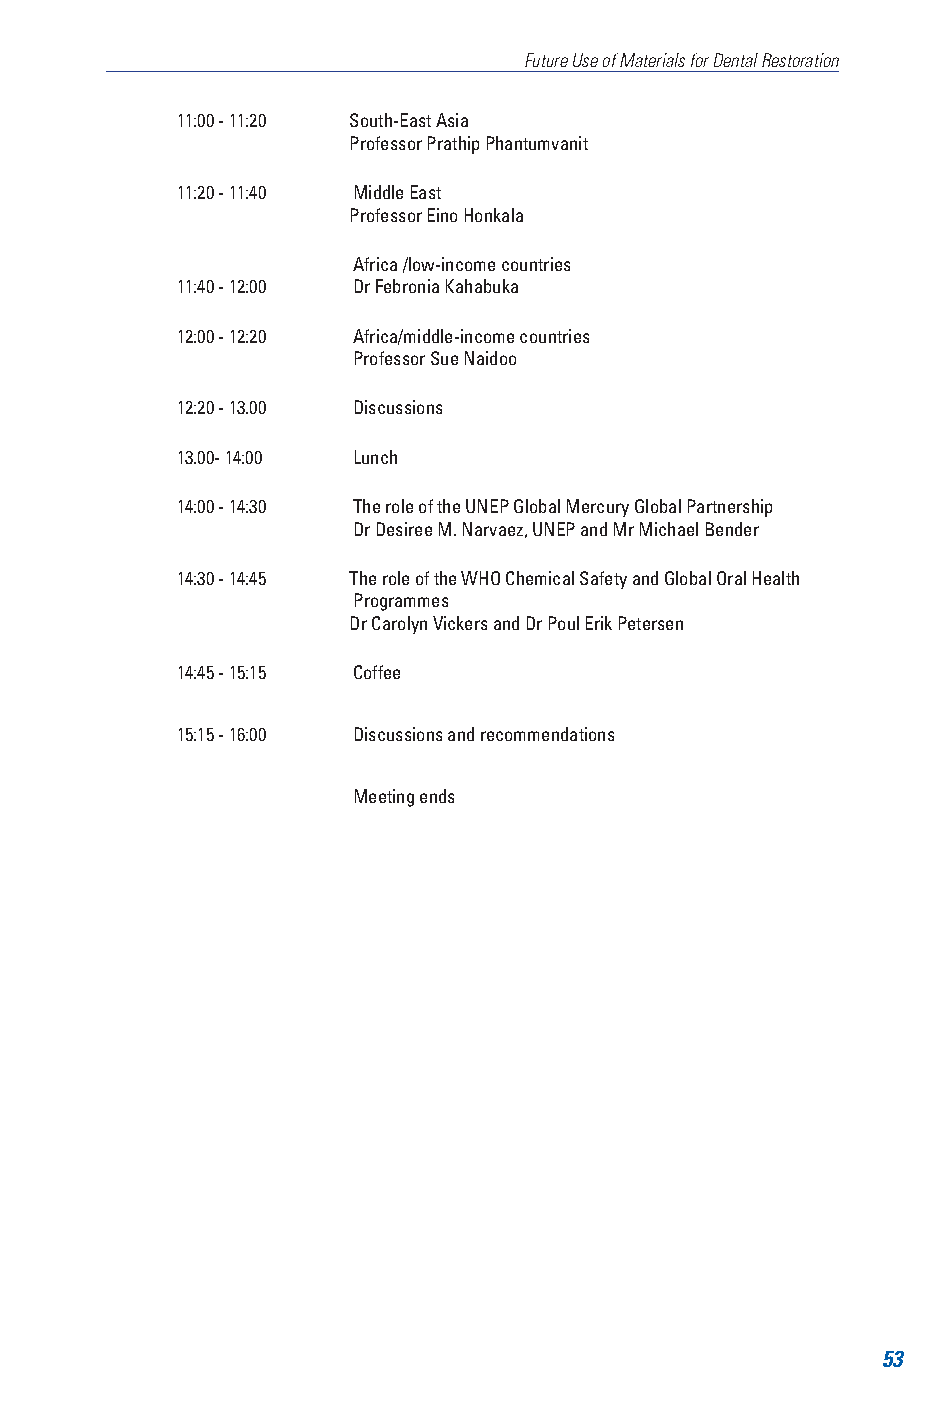
Future Use of Materials for Dental Restoration
 11:00 - 11:20 South-East Asia
 Professor Prathip Phantumvanit
 11:20 - 11:40 Middle East
 Professor Eino Honkala
 Africa /low-income countries
 11:40 - 12:00 Dr Febronia Kahabuka
 12:00 - 12:20 Africa/middle-income countries
 Professor Sue Naidoo
 12:20 - 13.00 Discussions
 13.00- 14:00 Lunch
 14:00 - 14:30 The role of the UNEP Global Mercury Global Partnership
 Dr Desiree M. Narvaez, UNEP and Mr Michael Bender
 14:30 - 14:45 The role of the WHO Chemical Safety and Global Oral Health
 Programmes
 Dr Carolyn Vickers and Dr Poul Erik Petersen
 14:45 - 15:15 Coffee
 15:15 - 16:00 Discussions and recommendations
 Meeting ends
 53